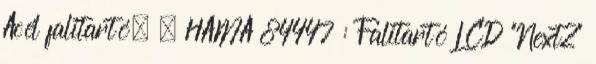
Acél falitartó, . HAMA 84447 : Falitartó LCD "Next2"